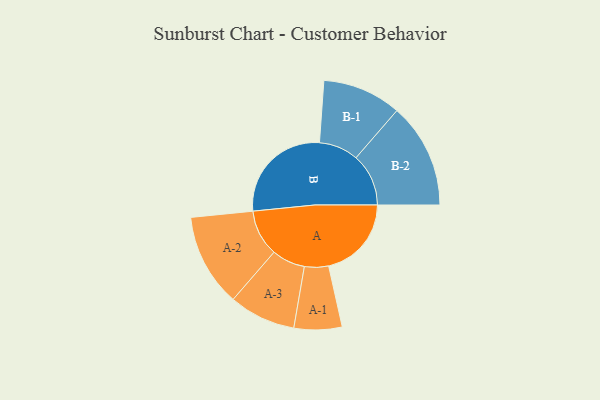
{"axis": {"x": "Segment", "y": "Value"}, "legend": ["", "A", "B"], "data": [{"x": "A", "y": 380, "type": ""}, {"x": "B", "y": 490, "type": ""}, {"x": "A-1", "y": 110, "type": "A"}, {"x": "A-2", "y": 213, "type": "A"}, {"x": "A-3", "y": 153, "type": "A"}, {"x": "B-1", "y": 181, "type": "B"}, {"x": "B-2", "y": 241, "type": "B"}]}